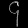
Digit: ၄